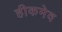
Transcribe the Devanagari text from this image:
हीकमेव